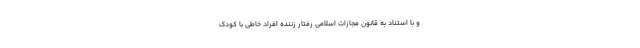
و با استناد به قانون مجازات اسلامی رفتار زننده افراد خاطی با کودک